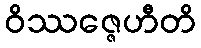
ဝိဿဇ္ဇေဟီတိ